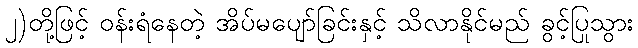
၂)တို့ဖြင့် ဝန်းရံနေတဲ့ အိပ်မပျော်ခြင်းနှင့် သိလာနိုင်မည် ခွင့်ပြုသွား